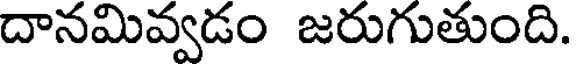
దానమివ్వడం జరుగుతుంది.